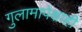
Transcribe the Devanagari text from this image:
गुलामापेक्षाही